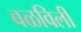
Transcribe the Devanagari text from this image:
वळविली